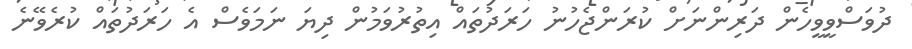
ދުވަސްވީވީހެން ދަރިންނަށް ކުރަންޖެހުނު ހަރަދުތައް އިތުރުވަމުން ދިޔަ ނަމަވެސް އެ ހަރަދުތައް ކުރެވޭނެ